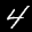
Label: 4